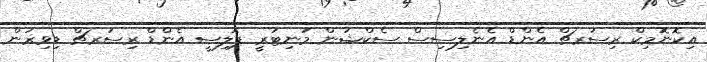
އިކޮނޮމިކް ރިސަރޗް އެންޑް އެނެލިސިސް ސެކްޝަން މަނިޓަރީ ޕޮލިސީ އެންޑް ރިސަރޗް ޑިވިޜަން